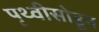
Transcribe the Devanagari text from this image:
पृथ्वीसोडून